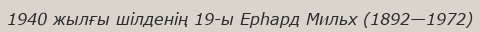
1940 жылғы шілденің 19-ы Ерһард Мильх (1892—1972)